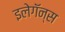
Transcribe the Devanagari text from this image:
इलेगॅन्स